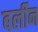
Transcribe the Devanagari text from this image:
बर्लीन